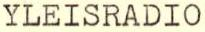
YLEISRADIO